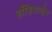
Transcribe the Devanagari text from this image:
डौंड़ियाखेर